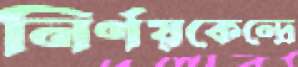
নির্ণয়কেন্দ্রে